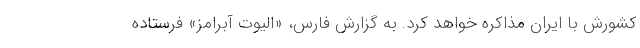
کشورش با ایران مذاکره خواهد کرد. به گزارش فارس، «الیوت آبرامز» فرستاده